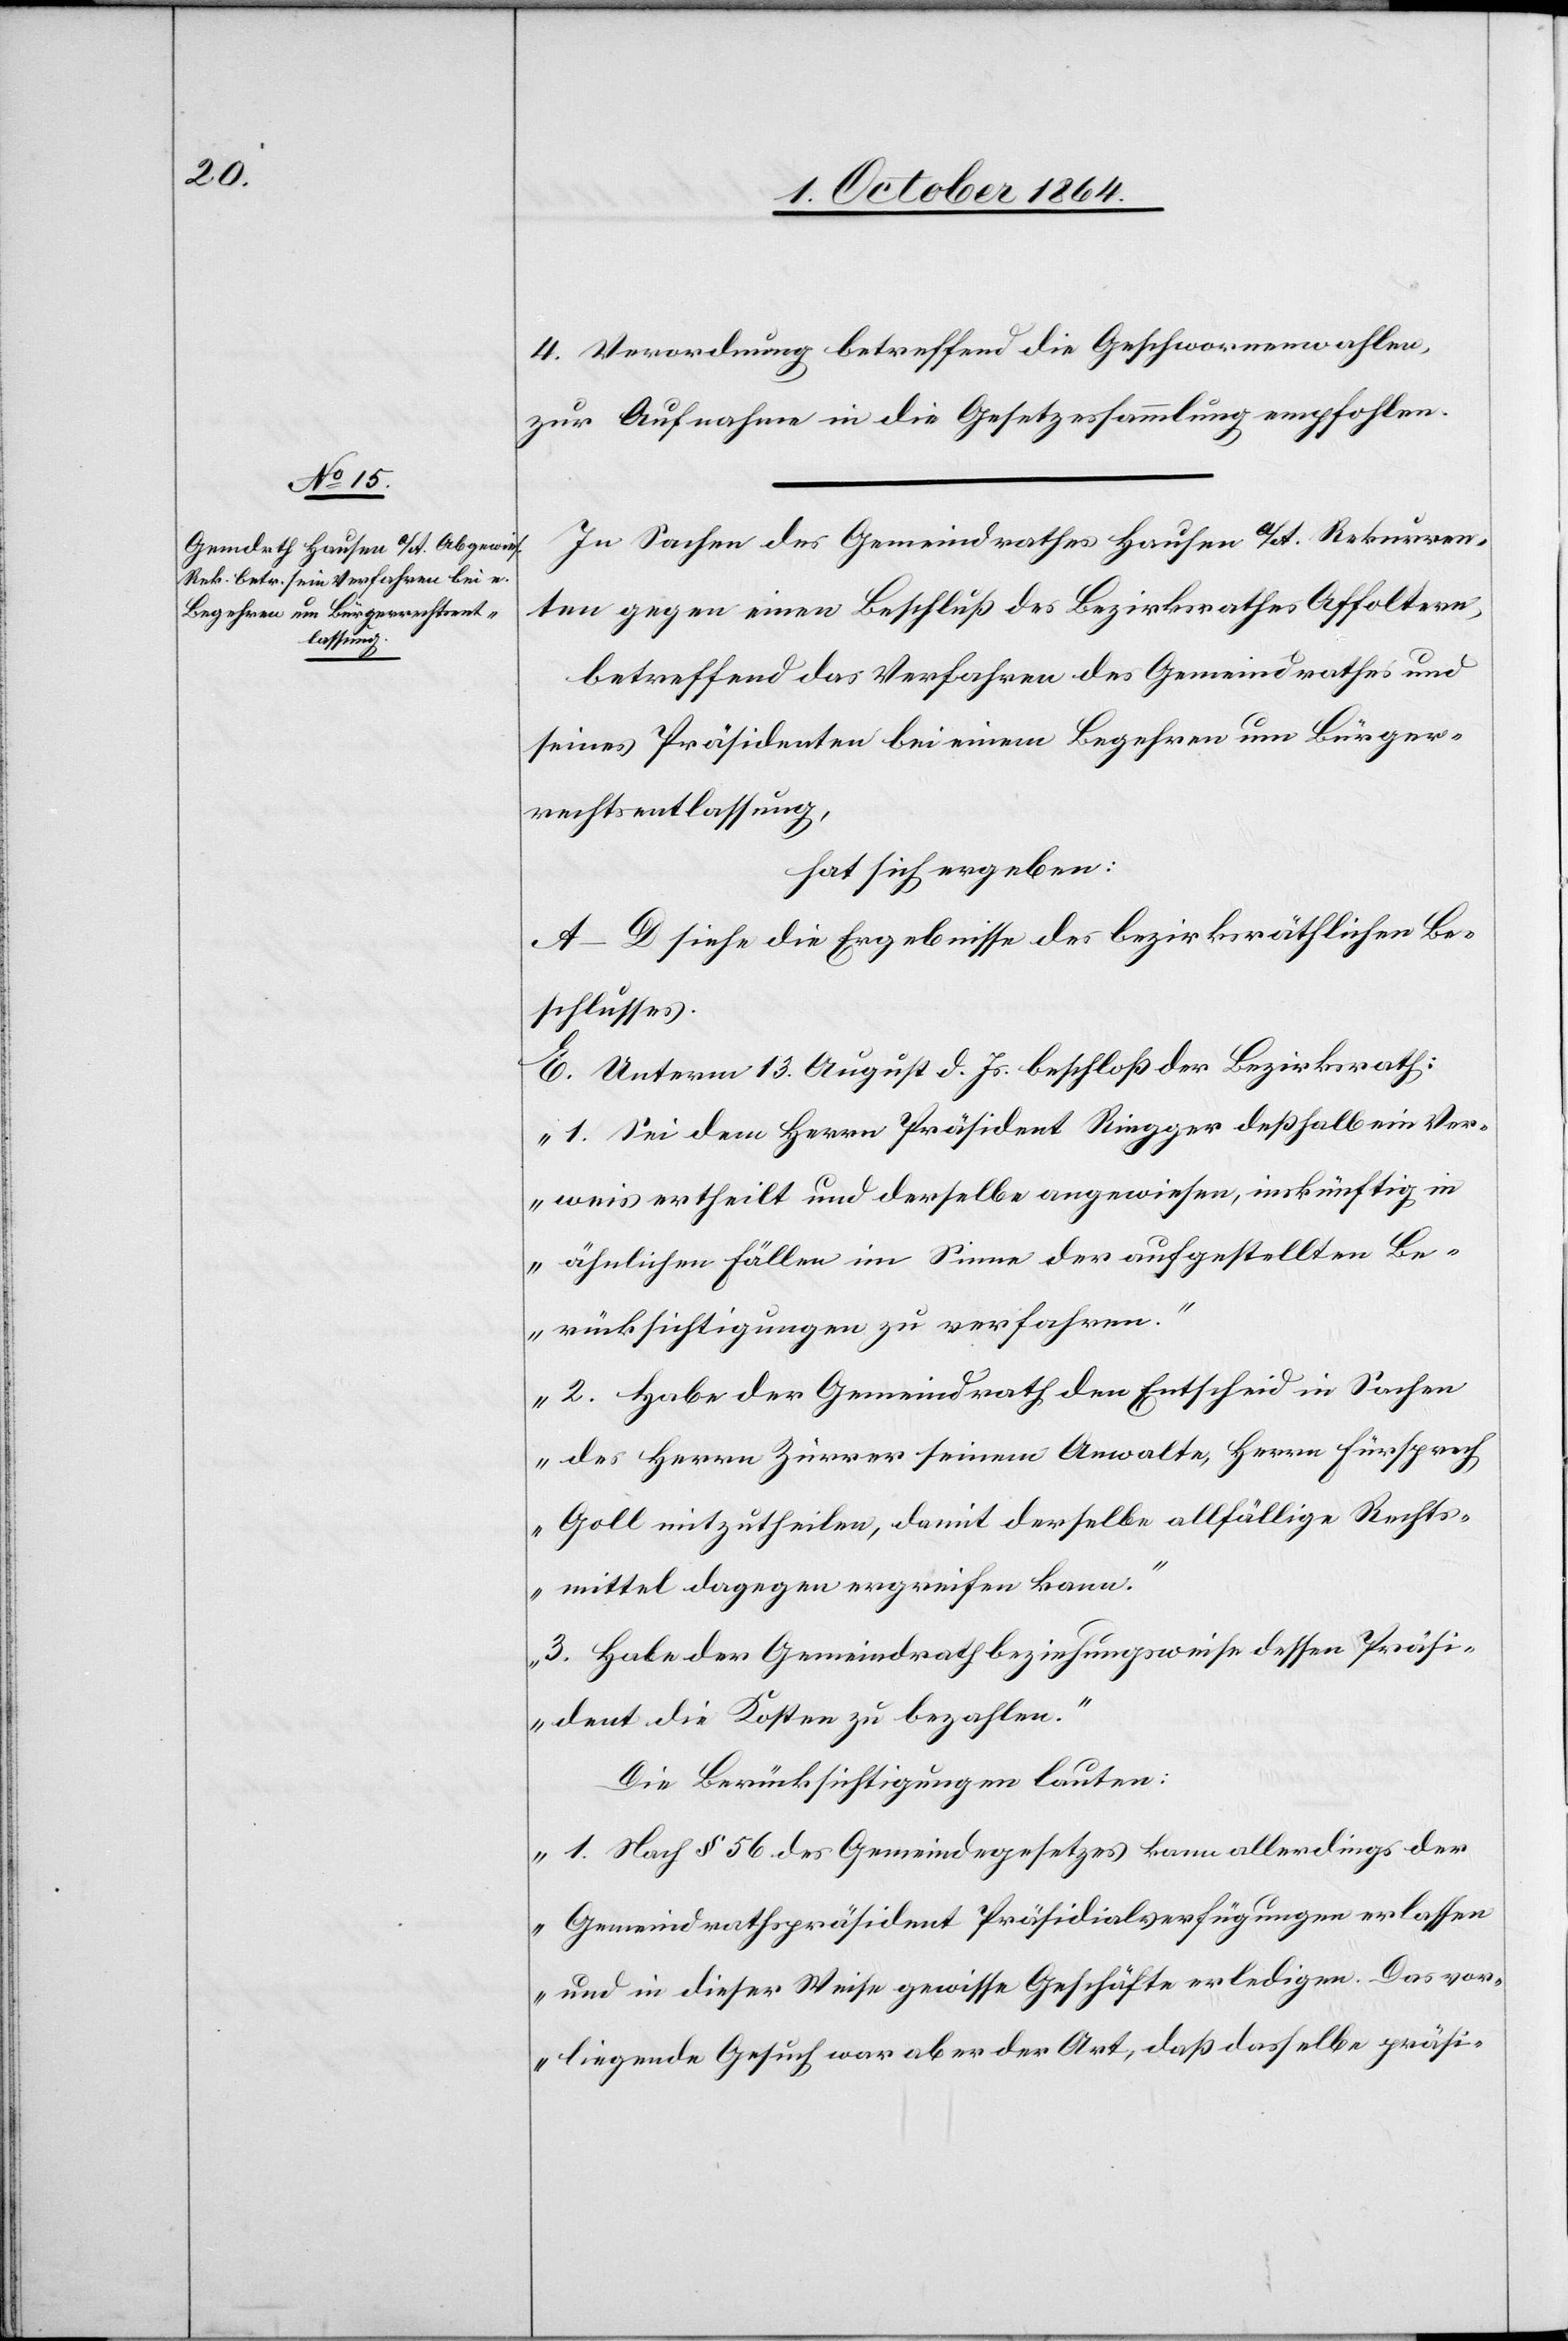
4. Verordnung betreffend die Geschworenenwahlen,
zur Aufnahme in die Gesetzessammlung empfohlen.
In Sachen des Gemeindrathes Hausen a/A. Rekurren¬
ten gegen einen Beschluß des Bezirksrathes Affoltern,
betreffend das Verfahren des Gemeindrathes und
seines Präsidenten bei einem Begehren um Bürger¬
rechtsentlassung,
hat sich ergeben:
A.–D. siehe die Ergebnisse des bezirksräthlichen Be¬
schlusses.
E. Unterm 13. August d. Js. beschloß der Bezirksrath:
„1. Sei dem Herrn Präsident Ringger deßhalb ein Ver¬
weis ertheilt und derselbe angewiesen, inskünftig in
ähnlichen Fällen im Sinne der aufgestellten Be¬
rücksichtigungen zu verfahren.“
„2. Habe der Gemeindrath den Entscheid in Sachen
des Herrn Zürrer seinem Anwalte, Herrn Fürsprech
Goll mitzutheilen, damit derselbe allfällige Rechts¬
mittel dagegen ergreifen kann.“
„3. Habe der Gemeindrath beziehungsweise dessen Präsi¬
dent die Kosten zu bezahlen.“
Die Berücksichtigungen lauten:
„1. Nach § 56 des Gemeindegesetzes kann allerdings der
Gemeindrathspräsident Präsidialverfügungen erlassen
und in dieser Weise gewisse Geschäfte erledigen. Das vor¬
liegende Gesuch war aber der Art, daß dasselbe präsi-